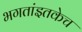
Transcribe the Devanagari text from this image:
भगतांइतकेच